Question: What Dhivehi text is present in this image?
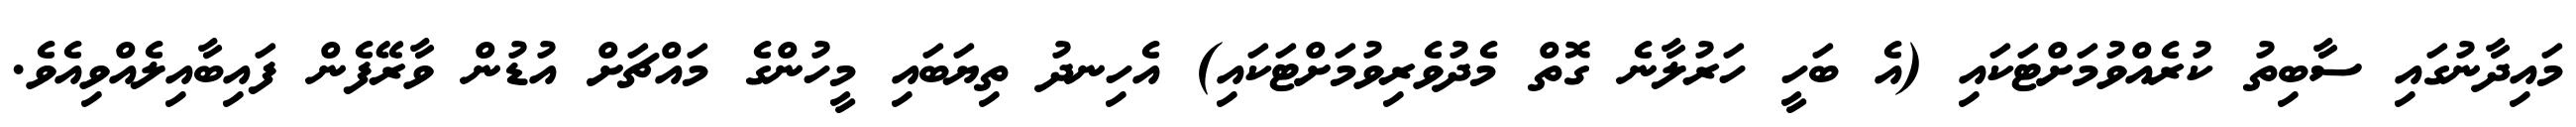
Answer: މައިދާނުގައި ސާބިތު ކުރެއްވުމަށްޓަކައި (އެ ބަހީ ހަރުލާނެ ގޮތް މެދުވެރިވުމަށްޓަކައި) އެހިނދު ތިޔަބައި މީހުންގެ މައްޗަށް އުޑުން ވާރޭފެން ފައިބާއިލެއްވިއެވެ.